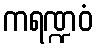
ကရဏ္ဍဝံ